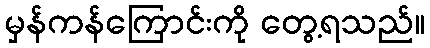
မှန်ကန်ကြောင်းကို တွေ့ရသည်။